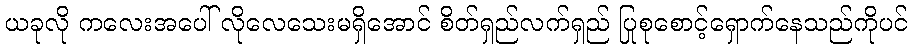
ယခုလို ကလေးအပေါ် လိုလေသေးမရှိအောင် စိတ်ရှည်လက်ရှည် ပြုစုစောင့်ရှောက်နေသည်ကိုပင်